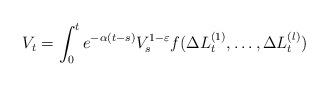
LaTeX: \begin{align*}V_t=\int_0^t e^{-\alpha(t-s)}V_s^{1-\varepsilon} f(\Delta L^{(1)}_t,\ldots,\Delta L^{(l)}_t)\end{align*}